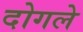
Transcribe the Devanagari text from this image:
दोगले